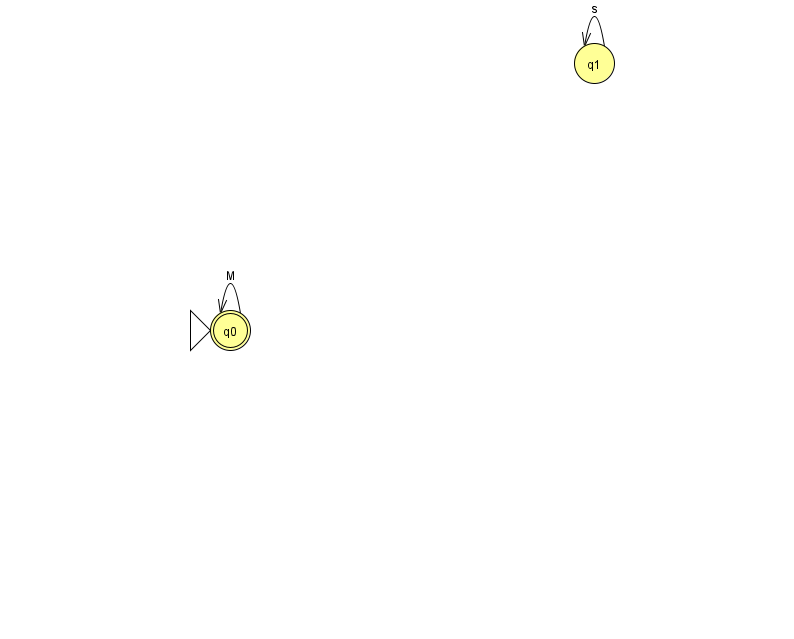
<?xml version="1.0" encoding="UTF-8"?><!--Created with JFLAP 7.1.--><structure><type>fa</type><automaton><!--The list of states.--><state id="0" name="q0"><x>230.0</x><y>317.0</y><initial/><final/></state><state id="1" name="q1"><x>594.0</x><y>50.0</y></state><!--The list of transitions.--><transition><from>1</from><to>1</to><read>s</read></transition><transition><from>0</from><to>0</to><read>M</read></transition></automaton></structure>